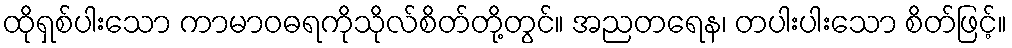
ထိုရှစ်ပါးသော ကာမာဝဓရကိုသိုလ်စိတ်တို့တွင်။ အညတရေန၊ တပါးပါးသော စိတ်ဖြင့်။